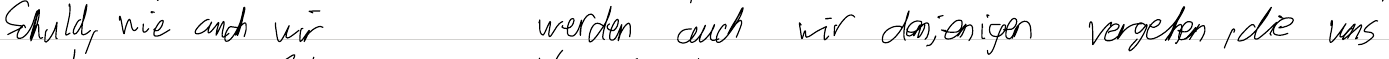
Schuld, wie auch wir     werden auch wir denjenigen vergeben, die uns